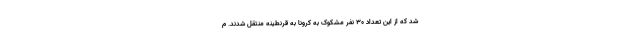
شد که از این تعداد ۳۰ نفر مشکوک به کرونا به قرنطینه منتقل شدند. م